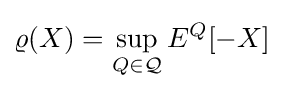
\varrho (X)=\sup _{Q\in {\mathcal {Q}}}E^{Q}[-X]